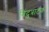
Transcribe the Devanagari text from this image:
बिंदुत्राटक